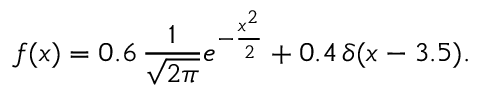
f ( x ) = 0 . 6 \, { \frac { 1 } { \sqrt { 2 \pi } } } e ^ { - { \frac { x ^ { 2 } } { 2 } } } + 0 . 4 \, \delta ( x - 3 . 5 ) .